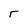
Character: r